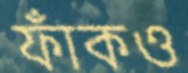
ফাঁকও